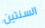
السنتين